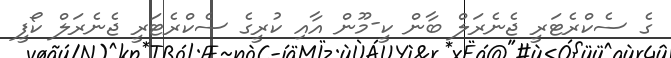
ގެ ސެކްރެޓަރީ ޖެނެރަލް ބާން ކީ-މޫން އާއި ކުރީގެ ސެކްރެޓަރީ ޖެނެރަލް ކޯފީ